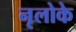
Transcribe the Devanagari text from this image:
नृलोके